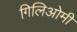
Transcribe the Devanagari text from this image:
गिलिओमी